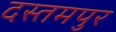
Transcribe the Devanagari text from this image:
दस्तमपुर